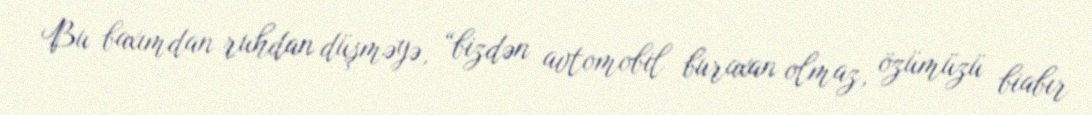
Bu baxımdan ruhdan düşməyə, “bizdən avtomobil buraxan olmaz, özümüzü biabır